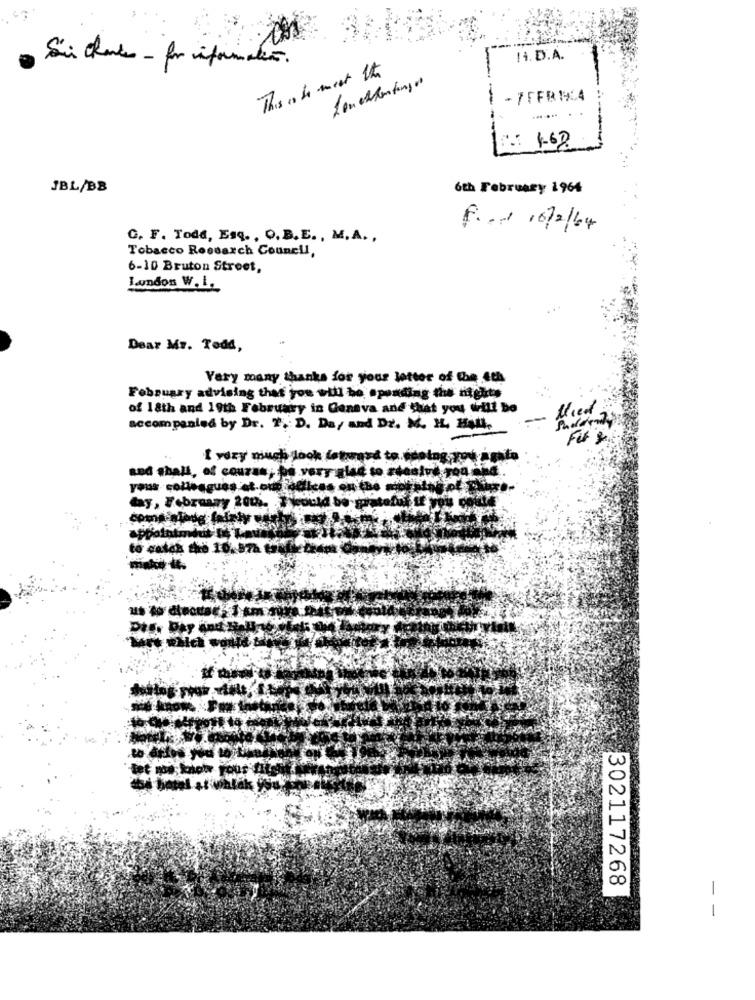
Hi.D.A.
This is to meet the
-
- 7FFR14
.: 1.62
JBL/BB
6th February 1964
f. 0/ 10/2/64
G. F. Todd, Esq ., O.B.E ., M.A .,
Tobacco Rossarch Council,
6-10 Bruton Street,
Landon W. 1.
Dear Mr. Todd,
Vary many thanks for your letter of the 4th
February advising that you will be spending the nights
of 18th and 19th February in Geneva and that you will be
accompanied by Dr. 7 .: D. Da, and Dr. M. H. Hall,
For &
I very much Jook faturasd
sod shall, of course, be very glad to #
day, February 200. Iwould be
coma slade fairly vertr
appointmidi fe Lem
--
302117268
-
-